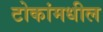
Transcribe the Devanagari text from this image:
टोकांमधील